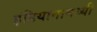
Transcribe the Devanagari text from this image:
इंडियानामध्यी